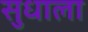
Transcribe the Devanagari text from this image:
सुधाला